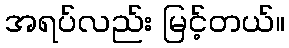
အရပ်လည်း မြင့်တယ်။